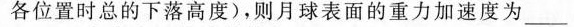
各位置时总的下落高度)，则月球表面的重力加速度为___